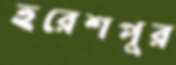
হরেশপুর